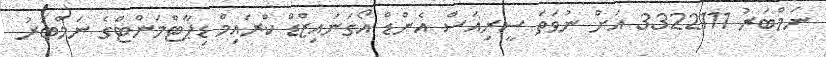
ނަމްބަރު 3322111 އަށް ނުވަތަ ސީރިއަސް އެންޑް އޯގަނައިޒްޑް ކްރައިމް ޑިޕާޓްމަންޓްގެ ނަމްބަރު